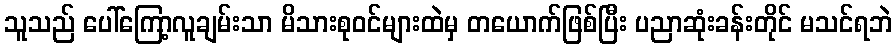
သူသည် ပေါ်ကြော့လူချမ်းသာ မိသားစုဝင်များထဲမှ တယောက်ဖြစ်ပြီး ပညာဆုံးခန်းတိုင် မသင်ရဘဲ